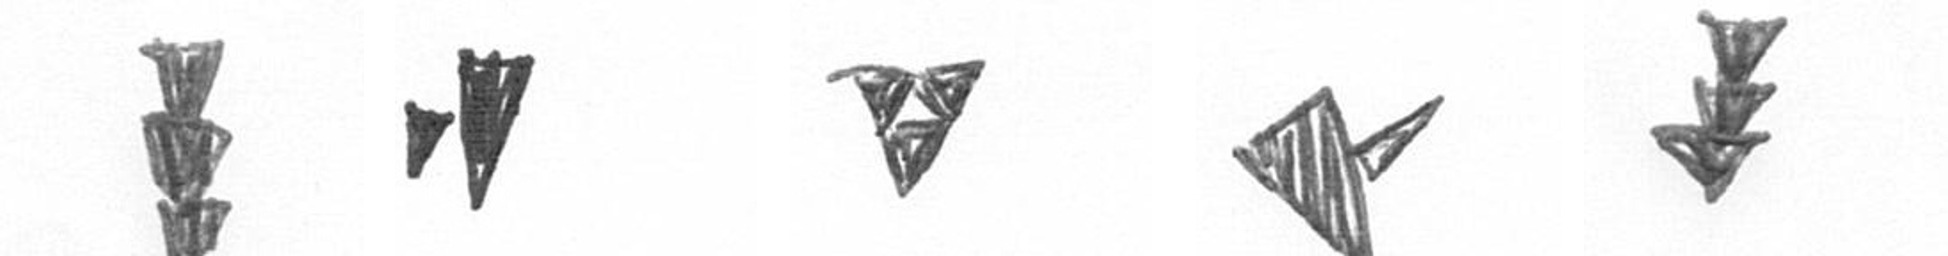
E M S F E